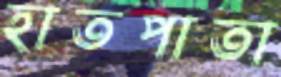
হাতপাতা